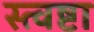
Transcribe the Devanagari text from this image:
स्त्वष्टा